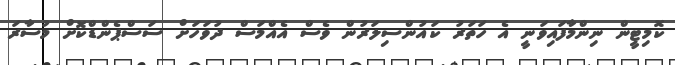
ކޮމިޓީން ނިންމާފައިވަނީ އެ ހަތަރު ކައުންސިލަރުން ވެސް އެއްމަސް ދުވަހަށް ސަސްޕެންޑްކޮށް މުސާރަ